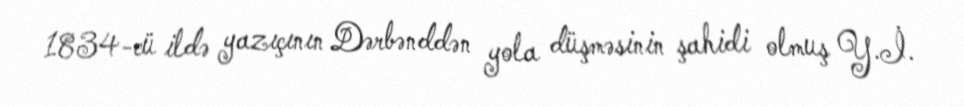
1834-cü ildə yazıçının Dərbənddən yola düşməsinin şahidi olmuş Y.İ.